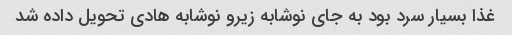
غذا بسیار سرد بود به جای نوشابه زیرو نوشابه هادی تحویل داده شد